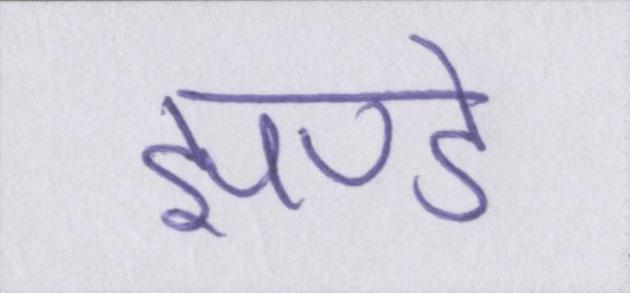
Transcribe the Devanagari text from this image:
झण्डे